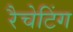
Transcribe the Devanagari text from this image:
रैचेटिंग